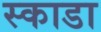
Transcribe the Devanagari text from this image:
स्काडा